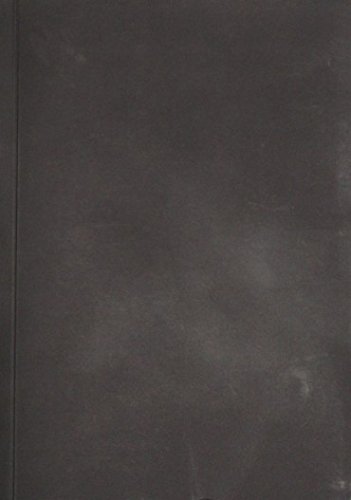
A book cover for Way to Russia Travel Guide Book: Way to Russia Guidance; Dmitry Paranyushkin; Travel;